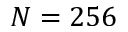
N = 2 5 6